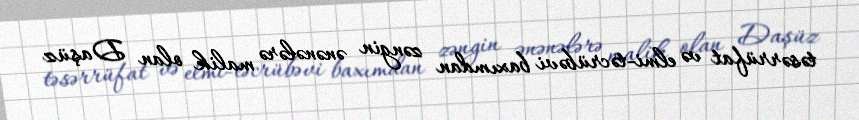
təsərrüfat və elmi-təcrübəvi baxımdan zəngin ənənələrə malik olan Daşüz